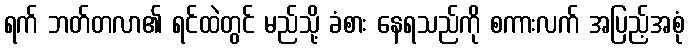
ရက် ဘတ်တလာ၏ ရင်ထဲတွင် မည်သို့ ခံစား နေရသည်ကို စကားလက် အပြည့်အစုံ